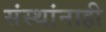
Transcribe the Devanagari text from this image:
संस्थांनाही